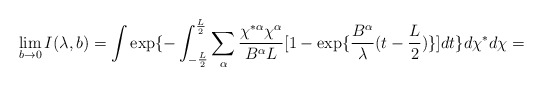
\begin{align*}\lim_{b \rightarrow 0}I( \lambda,b)= \int \exp \{- \int_{- \frac{L}{2}}^{\frac{L}{2}} \sum_{\alpha} \frac{\chi^{* \alpha} \chi^{\alpha}}{B^{\alpha}L}[1- \exp \{ \frac{B^{\alpha}}{ \lambda}(t-\frac{L}{2}) \}]dt \}d \chi^*d \chi = \end{align*}